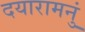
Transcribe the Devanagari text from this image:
दयारामनुं